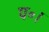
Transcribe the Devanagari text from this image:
प॰।